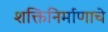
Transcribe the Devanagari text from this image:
शक्तिनिर्माणाचे